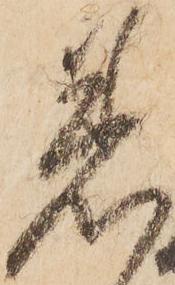
着